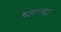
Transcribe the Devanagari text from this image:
महानद्दा